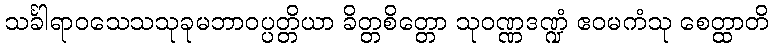
သင်္ခါရာဝသေသသုခုမဘာဝပ္ပတ္တိယာ ခိတ္တစိတ္တော သုဝဏ္ဏဒဏ္ဍံ ဧဝမကံသု စေတ္ထာတိ